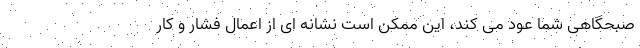
صبحگاهی شما عود می کند، این ممکن است نشانه ای از اعمال فشار و کار